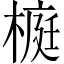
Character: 榳